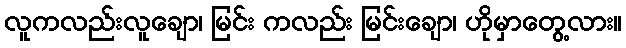
လူကလည်းလူချော၊ မြင်း ကလည်း မြင်းချော၊ ဟိုမှာတွေ့လား။